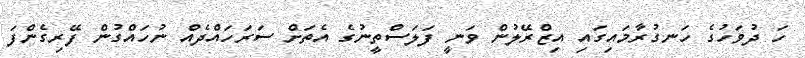
ހަ ދުވަހުގެ ހަނގުރާމައިގައި އިޒްރޭލުން ވަނީ ފަލަސްތީނުގެ އެތަށް ސަރަހައްދެއް ނުހައްގުން ފޭރިގެންފަ